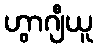
ဟွာဂျီယူ